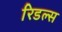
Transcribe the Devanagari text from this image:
रिडल्स